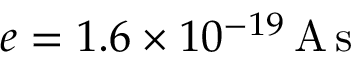
e = 1 . 6 \times 1 0 ^ { - 1 9 } \, \mathrm { A } \, \mathrm { s }